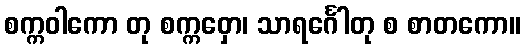
စက္ကဝါကော တု စက္ကဝှော၊ သာရင်္ဂေါတု စ စာတကော။